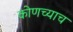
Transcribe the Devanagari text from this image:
कोणच्याच